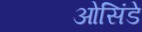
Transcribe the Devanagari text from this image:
ओसिंडे